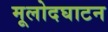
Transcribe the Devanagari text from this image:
मूलोदघाटन